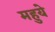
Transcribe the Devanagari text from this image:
महुये